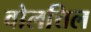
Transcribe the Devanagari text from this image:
वोलत्तिल